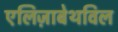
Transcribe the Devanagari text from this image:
एलिज़ाबेथविल